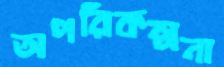
অপরিকল্পনা